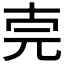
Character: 𠒈